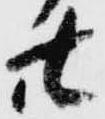
廿